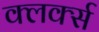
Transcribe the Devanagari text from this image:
क्लर्क्स